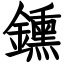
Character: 鑂